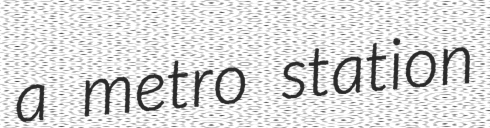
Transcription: a metro station